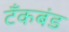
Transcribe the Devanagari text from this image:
टॅंकबंड